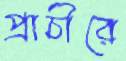
প্রাচীরে